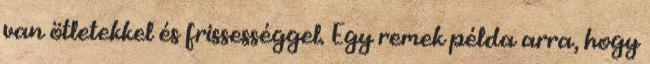
van ötletekkel és frissességgel. Egy remek példa arra, hogy